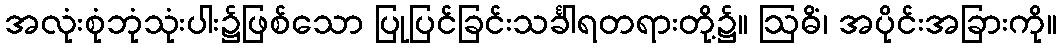
အလုံးစုံဘုံသုံးပါး၌ဖြစ်သော ပြုပြင်ခြင်းသင်္ခါရတရားတို့၌။ ဩဓိံ၊ အပိုင်းအခြားကို။